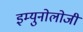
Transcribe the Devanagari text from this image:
इम्युनोलोजी